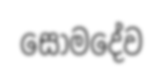
සෝමදේව